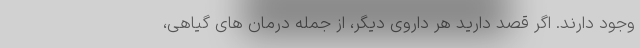
وجود دارند. اگر قصد دارید هر داروی دیگر، از جمله درمان های گیاهی،